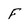
Character: f